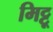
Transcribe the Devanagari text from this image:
मिट्टू